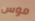
موس